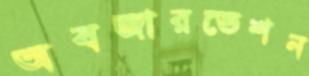
অবজারভেশন